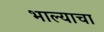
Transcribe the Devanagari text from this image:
भाल्याचा